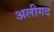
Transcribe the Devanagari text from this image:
अलीगद